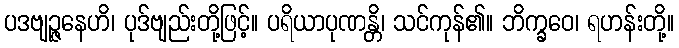
ပဒဗျဉ္ဇနေဟိ၊ ပုဒ်ဗျည်းတို့ဖြင့်။ ပရိယာပုဏန္တိ၊ သင်ကုန်၏။ ဘိက္ခဝေ၊ ရဟန်းတို့။